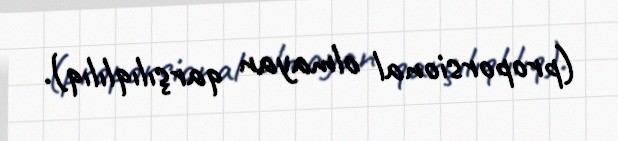
(proporsional olmayan qarşılıqlılıq).